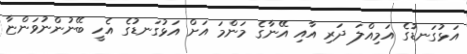
އަޅުގަނޑުގެ އަމިއްލަ ދަރި އާއި އޭނާގެ މަންމަ އަށް އަޅުގަނޑުގެ އެހީ ބޭނުންނުވަންޏާ